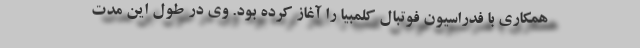
همکاری با فدراسیون فوتبال کلمبیا را آغاز کرده بود. وی در طول این مدت